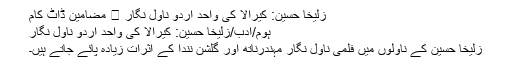
زلیخا حسین: کیرالا کی واحد اُردو ناول نگار ⋆ مضامین ڈاٹ کام
ہوم/ادب/زلیخا حسین: کیرالا کی واحد اُردو ناول نگار
زُلیخا حُسین کے ناولوں میں فلمی ناول نگار مہندرناتھ اور گلشن نندا کے اثرات زیادہ پائے جاتے ہیں۔